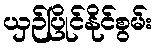
ယှဉ်ပြိုင်နိုင်စွမ်း